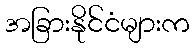
အခြားနိုင်ငံများက